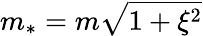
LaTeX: m_{\ast}=m\sqrt{1+\xi^{2}}